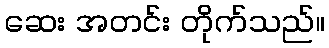
ဆေး အတင်း တိုက်သည်။